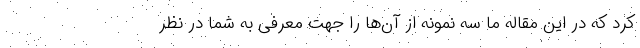
کرد که در این مقاله ما سه نمونه از آن‌ها را جهت معرفی به شما در نظر